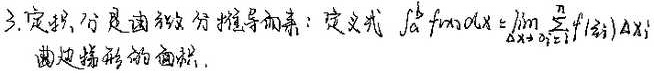
定积分是由微分推导而来：定义式\(\int_{a}^{b}f(x)dx = \lim\limits_{\Delta x_{i}\to 0}\sum_{i = 1}^{n}f(\xi_{i})\Delta x_{i}\)，其表示曲边梯形的面积。